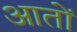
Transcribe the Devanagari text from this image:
आतों